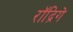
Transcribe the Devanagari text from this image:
रॉद्रिगे